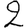
Digit: 2